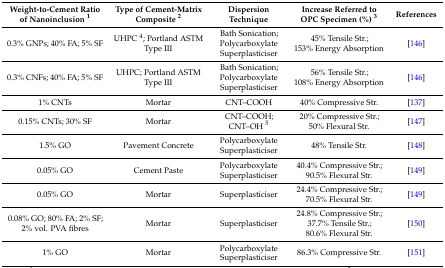
| Weight-to-Cement Ratio of Nanoinclusion 1 | Type of Cement-Matrix Composite 2 | Dispersion Technique | Increase Referred to OPC Specimen (%) 3 | References |
 | --- | --- | --- | --- | --- |
 | 0.3% GNPs; 40% FA; 5% SF | UHPC 4; Portland ASTM Type III | Bath Sonication; Polycarboxylate Superplasticiser | 45% Tensile Str.; 153% Energy Absorption | [146] |
 | 0.3% CNFs; 40% FA; 5% SF | UHPC; Portland ASTM Type III | Bath Sonication; Polycarboxylate Superplasticiser | 56% Tensile Str.; 108% Energy Absorption | [146] |
 | 1% CNTs | Mortar | CNT–COOH | 40% Compressive Str. | [137] |
 | 0.15% CNTs; 30% SF | Mortar | CNT–COOH; CNT–OH 5 | 20% Compressive Str.; 50% Flexural Str. | [147] |
 | 1.5% GO | Pavement Concrete | Polycarboxylate Superplasticiser | 48% Tensile Str. | [148] |
 | 0.05% GO | Cement Paste | Polycarboxylate Superplasticiser | 40.4% Compressive Str.; 90.5% Flexural Str. | [149] |
 | 0.05% GO | Mortar | Superplasticiser | 24.4% Compressive Str.; 70.5% Flexural Str. | [149] |
 | 0.08% GO; 80% FA; 2% SF; 2% vol. PVA fibres | Mortar | Superplasticiser | 24.8% Compressive Str.; 37.7% Tensile Str.; 80.6% Flexural Str. | [150] |
 | 1% GO | Mortar | Polycarboxylate Superplasticiser | 86.3% Compressive Str. | [151] |